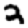
Digit: 2